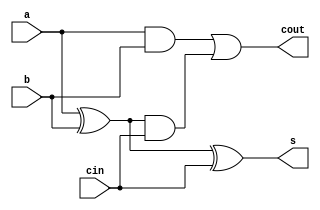
`timescale 1ns / 1ps
//////////////////////////////////////////////////////////////////////////////////
// Company: 
// Engineer: 
// 
// Design Name: 
// Module Name: FA
// Project Name: 
// Target Devices: 
// Tool Versions: 
// Description: 
// 
// Dependencies: 
// 
// Revision:
// Revision 0.01 - File Created
// Additional Comments:
// 
//////////////////////////////////////////////////////////////////////////////////


module FA(
    input a,
    input b,
    input cin,
    output s,
    output cout
    );
    wire s0;
    wire ab;
    wire s0c;
    assign s0 = a ^ b;
    assign s0c = s0&cin;
    assign ab = a&b;
    //output//
    assign s = s0^cin;
    assign cout = ab | s0c;
endmodule